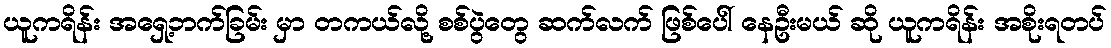
ယူကရိန်း အရှေ့ဘက်ခြမ်း မှာ တကယ်လို့ စစ်ပွဲတွေ ဆက်လက် ဖြစ်ပေါ် နေဦးမယ် ဆို ယူကရိန်း အစိုးရတပ်